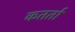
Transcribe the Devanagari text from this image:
कतर्ता